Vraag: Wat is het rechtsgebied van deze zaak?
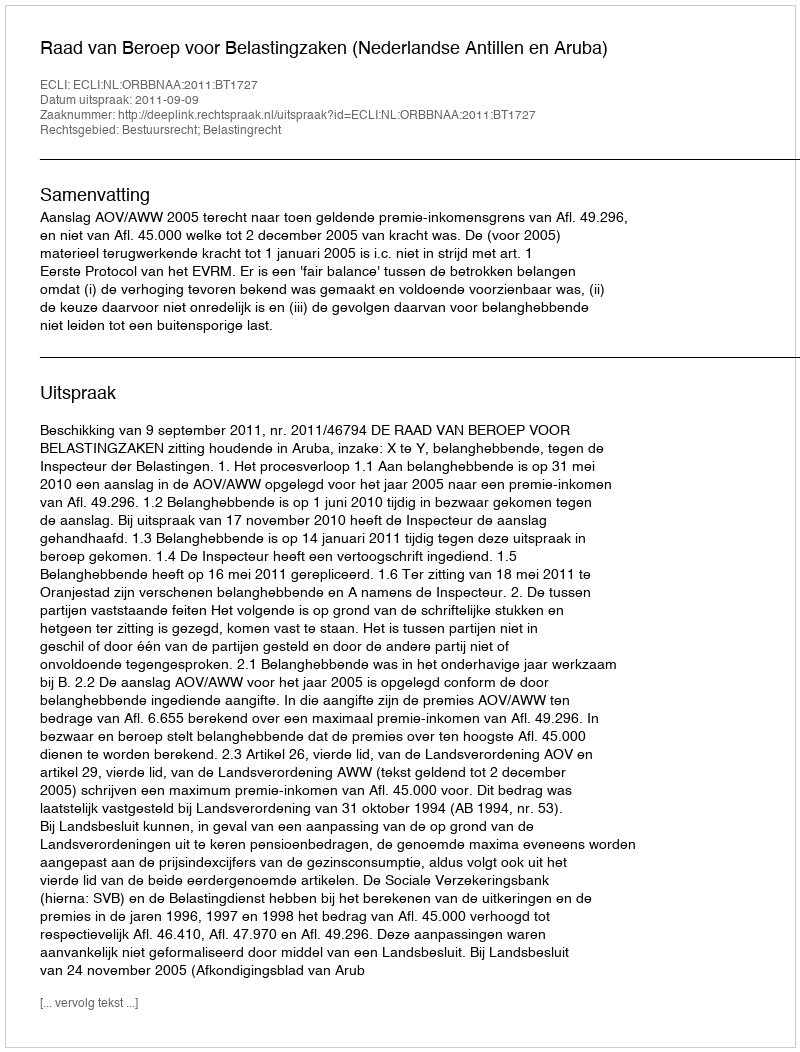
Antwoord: Bestuursrecht; Belastingrecht